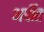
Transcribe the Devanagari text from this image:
अर्पीत